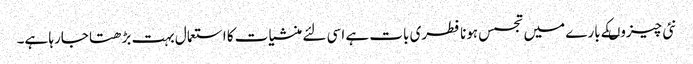
نئی چیزوںکے بارے میں تجسس ہونا فطری بات ہے اسی لئے منشیات کا استعمال بہت بڑھتا جارہا ہے۔